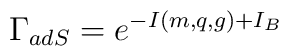
\Gamma_{adS} = e^{-I(m,q,g)+I_B}